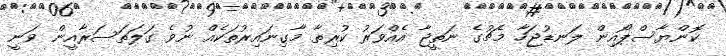
ކޮންޔާސްޕޯއިން ލަނޑުޖަހާ މެޗުގެ ނަތީޖާ އެއްވަރު ކުރިތާ މާގިނައިރުތަކެއް ނުވެ ގަލަތަސަރާއީން ވަނީ